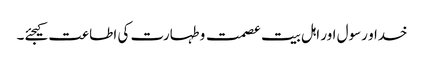
خدا و رسول اور اہل بیت عصمت و طہارت کی اطاعت کیجئے۔